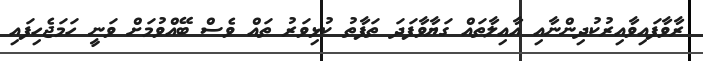
ރާވާފައިވާއިރުކުދިންނާއި އާއިލާތައް ގަޔާވާފަދަ ތަފާތު ކުޅިވަރު ތައް ވެސް ބޭއްވުމަށް ވަނީ ހަމަޖެހިފައި